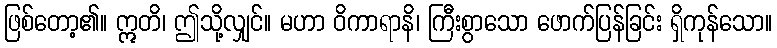
ဖြစ်တော့၏။ ဣတိ၊ ဤသို့လျှင်။ မဟာ ဝိကာရာနိ၊ ကြီးစွာသော ဖောက်ပြန်ခြင်း ရှိကုန်သော။